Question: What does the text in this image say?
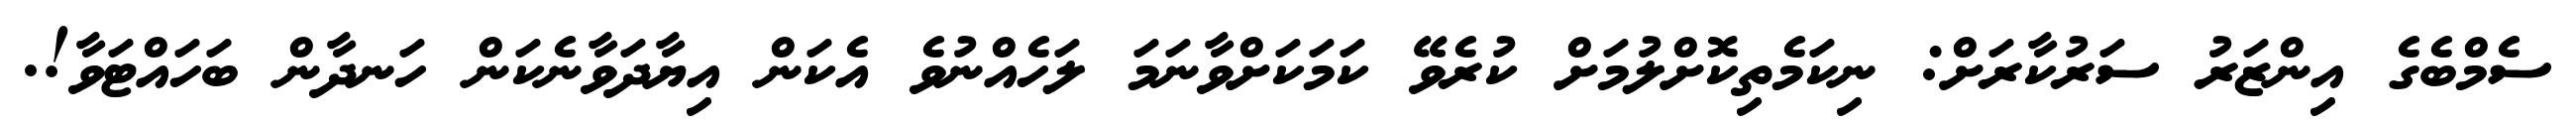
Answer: ސެމްބެގެ އިންޒަރު ސަރުކާރަށް: ނިކަމެތިކޮށްލުމަށް ކުރެވޭ ކަމަކަށްވާނަމަ ލަހެއްނުވެ އެކަން އިޔާދަވާނެކަން ހަނދާން ބަހައްޓަވާ!.